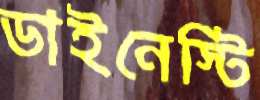
ডাইনেস্টি